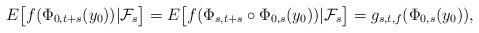
LaTeX: \begin{align*}E\big[f(\Phi_{0,t+s}(y_0))|\mathcal{F}_s\big]= E\big[f(\Phi_{s,t+s}\circ \Phi_{0,s}(y_0))|\mathcal{F}_s\big]=g_{s,t,f}(\Phi_{0,s}(y_0)), \end{align*}